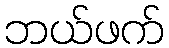
ဘယ်ဖက်